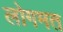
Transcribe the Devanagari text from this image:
लोगमत